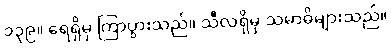
၁၃၉။ ရေရှိမှ ကြာပွားသည်။ သီလရှိမှ သမာဓိများသည်။